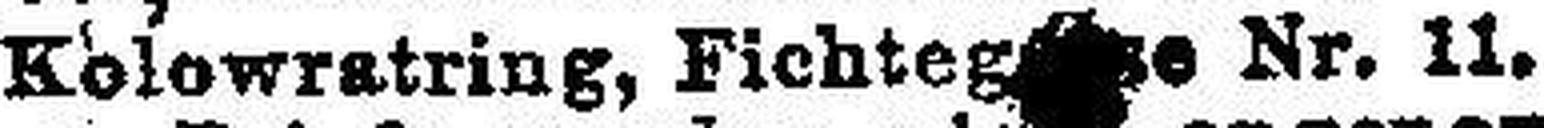
Kolowratring, Fichteg###e Nr. 11.